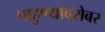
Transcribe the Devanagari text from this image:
पाहुण्याबरोबर